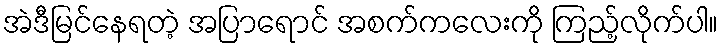
အဲဒီမြင်နေရတဲ့ အပြာရောင် အစက်ကလေးကို ကြည့်လိုက်ပါ။